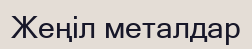
Жеңіл металдар